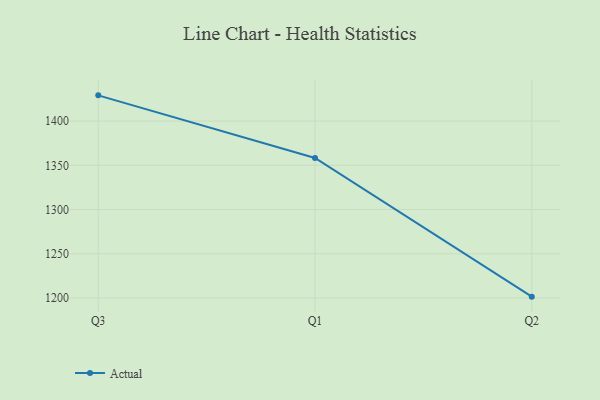
{"axis": {"x": "Quarter", "y": "Market Share (%)"}, "legend": ["Actual"], "data": [{"x": "Q3", "y": 1429.1, "type": "Actual"}, {"x": "Q1", "y": 1358.3, "type": "Actual"}, {"x": "Q2", "y": 1201.5, "type": "Actual"}]}